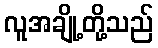
လူအချို့တို့သည်